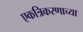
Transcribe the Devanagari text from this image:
एकत्रिकरणाच्या